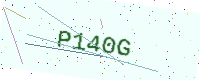
Text: P140G